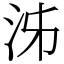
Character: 泲